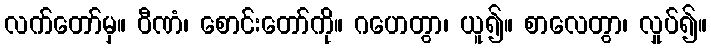
လက်တော်မှ။ ဝီဏံ၊ စောင်းတော်ကို။ ဂဟေတွာ၊ ယူ၍။ စာလေတွာ၊ လှုပ်၍။